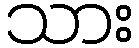
သား